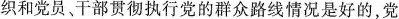
织和党员、干部贯彻执行党的群众路线情况是好的，党